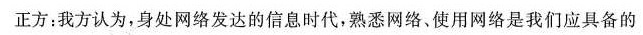
正方；我方认为，身处网络发达的信息时代，熟悉网络，使用网络是我们应具备的